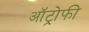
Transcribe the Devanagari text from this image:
ऑट्रोफी